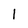
Character: l